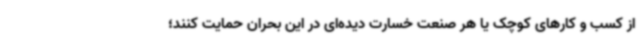
از کسب و کارهای کوچک یا هر صنعت خسارت دیده‌ای در این بحران حمایت کنند؛